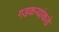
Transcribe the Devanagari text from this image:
गडकऱ्यांकडे